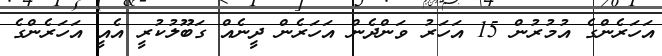
އަހަރެންގެ އުމުރުން 15 އަހަރު ވަންދެން އަހަރެން ދީނެއް ގަބޫލުކުރީ އެއީ އަހަރެންގެ